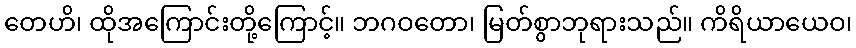
တေဟိ၊ ထိုအကြောင်းတို့ကြောင့်။ ဘဂဝတော၊ မြတ်စွာဘုရားသည်။ ကိရိယာယေဝ၊